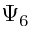
\Psi _ { 6 }